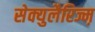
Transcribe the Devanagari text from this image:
सेक्युलैरिज्म़